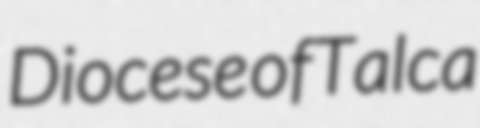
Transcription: Diocese of Talca